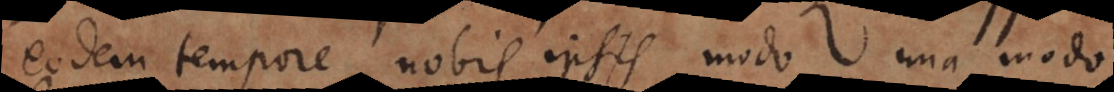
eodem tempore nobis ipsis, modo una modo